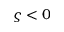
\varsigma < 0